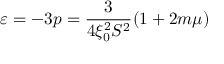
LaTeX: \varepsilon = - 3 p = \frac { 3 } { 4 \xi _ { 0 } ^ { 2 } S ^ { 2 } } ( 1 + 2 m \mu )